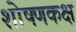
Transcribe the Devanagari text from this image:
शोषणकक्ष